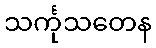
သင်္ကုသတေန